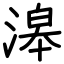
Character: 滜